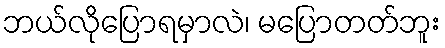
ဘယ်လိုပြောရမှာလဲ၊ မပြောတတ်ဘူး